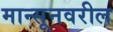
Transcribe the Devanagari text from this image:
मान्सूनवरील